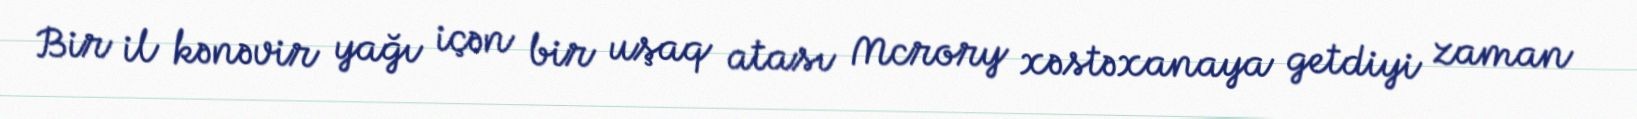
Bir il kənəvir yağı içən bir uşaq atası Mcrory xəstəxanaya getdiyi zaman